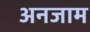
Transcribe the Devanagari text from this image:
अनजाम